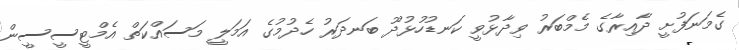
ގެމަނަފުށީ ދާއިރާގެ މެމްބަރު ވިދާޅުވީ ކަނޑުހުޅުދޫ ބަނދަރު ހެދުމުގެ އަމަލީ މަސައްކަތް އެމްޓީސީސީން